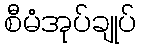
စီမံအုပ်ချုပ်